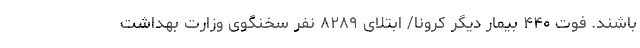
باشند. فوت ۴۴۰ بیمار دیگر کرونا/ ابتلای ۸۲۸۹ نفر سخنگوی وزارت بهداشت